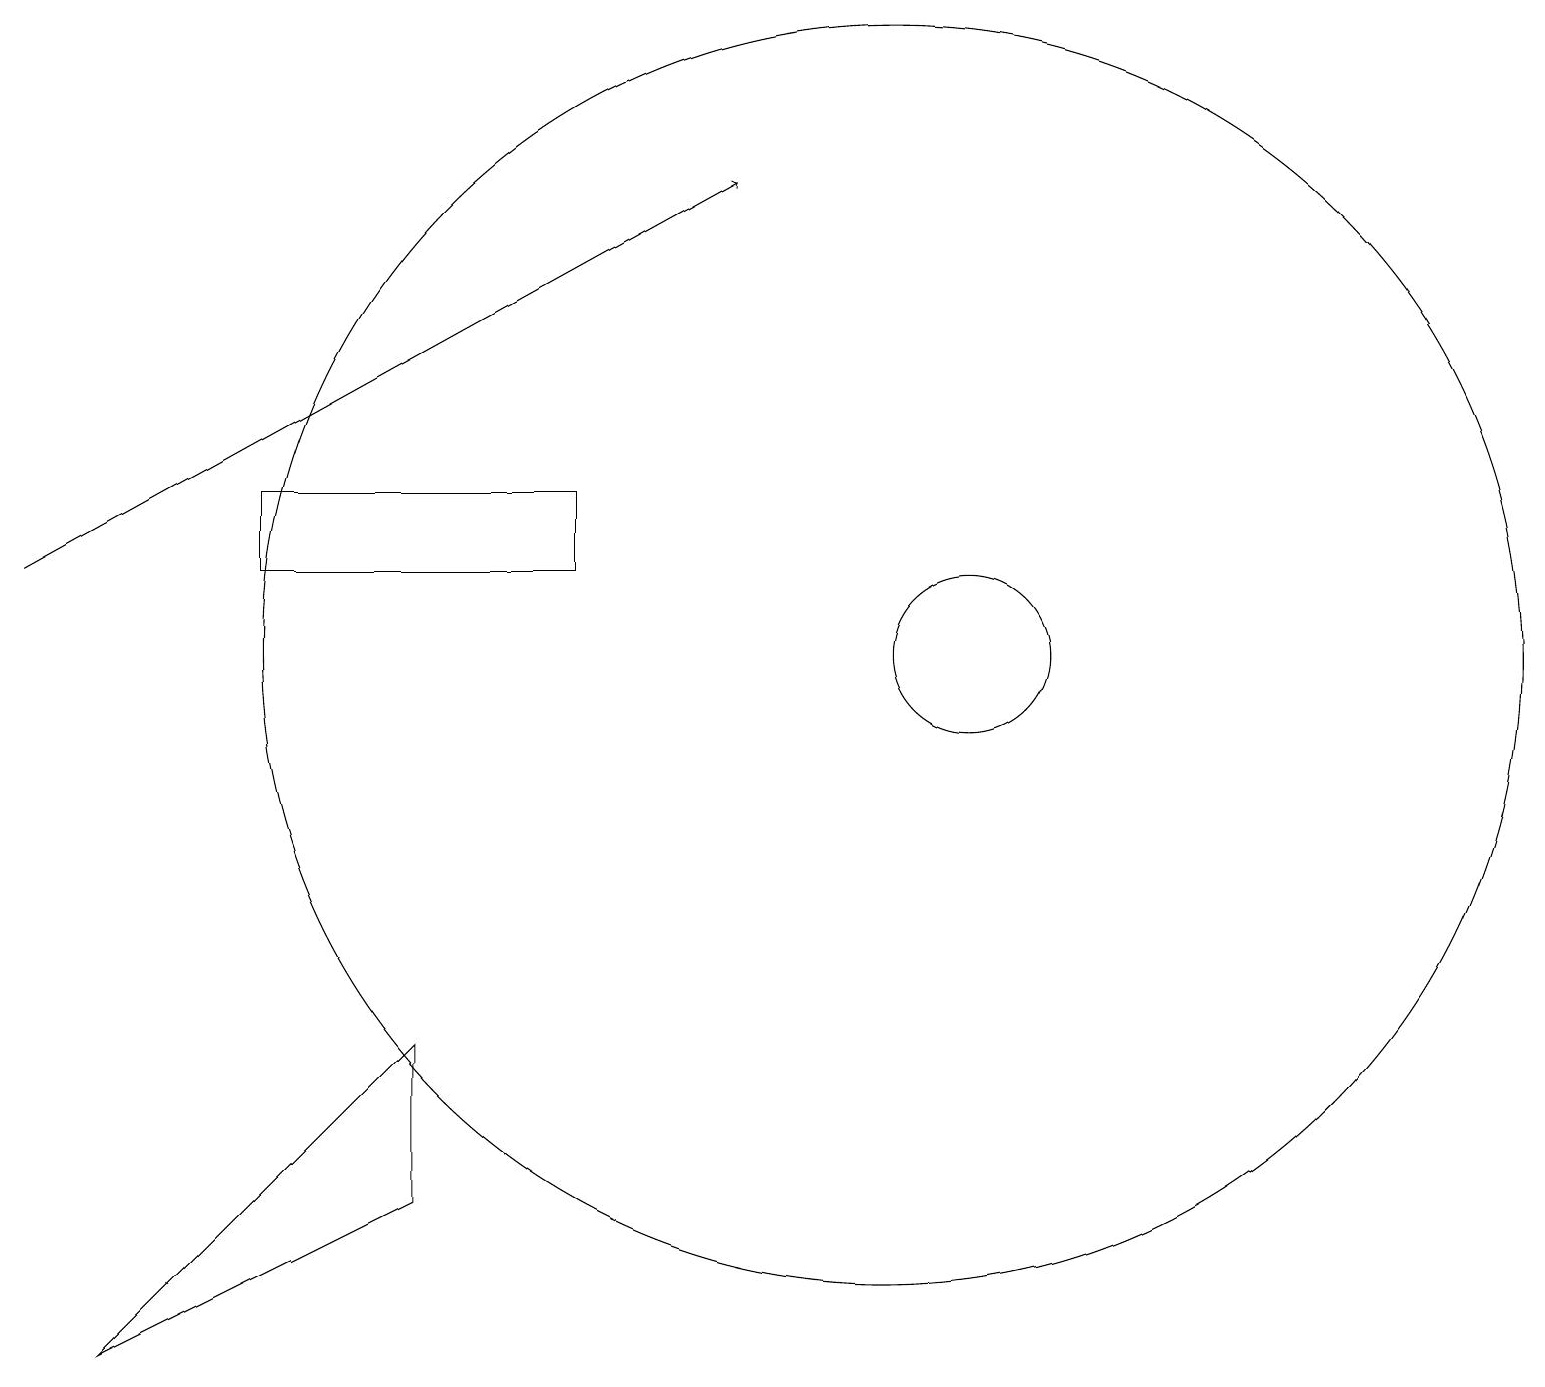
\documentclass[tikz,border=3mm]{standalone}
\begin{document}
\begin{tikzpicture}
\draw (12,11) circle (1);
\draw (5,6) -- (5,4) -- (1,2) -- cycle;
\draw (6,12) rectangle (7,12);
\draw[->] (0,12) -- (9,17);
\draw (3,13) rectangle (7,12);
\draw (11,11) circle (8);
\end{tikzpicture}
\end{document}